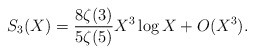
\begin{align*}S_3(X)=\frac{8\zeta(3)}{5\zeta(5)}X^3\log X+ O(X^3).\end{align*}